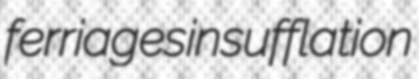
ferriages insufflation